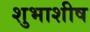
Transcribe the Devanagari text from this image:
शुभाशीष